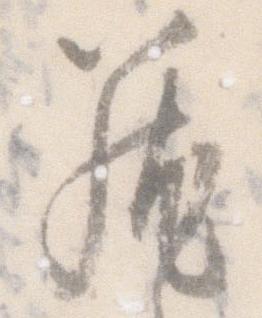
籠